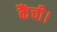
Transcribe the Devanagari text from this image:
कैंची।